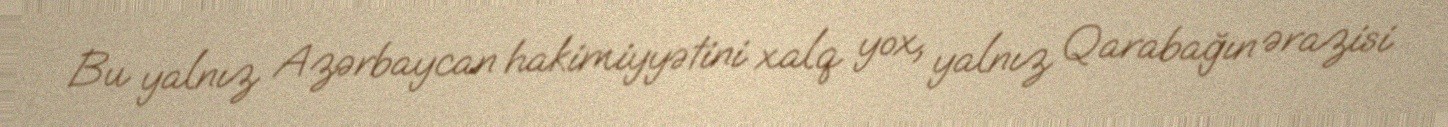
Bu yalnız Azərbaycan hakimiyyətini xalq yox, yalnız Qarabağın ərazisi